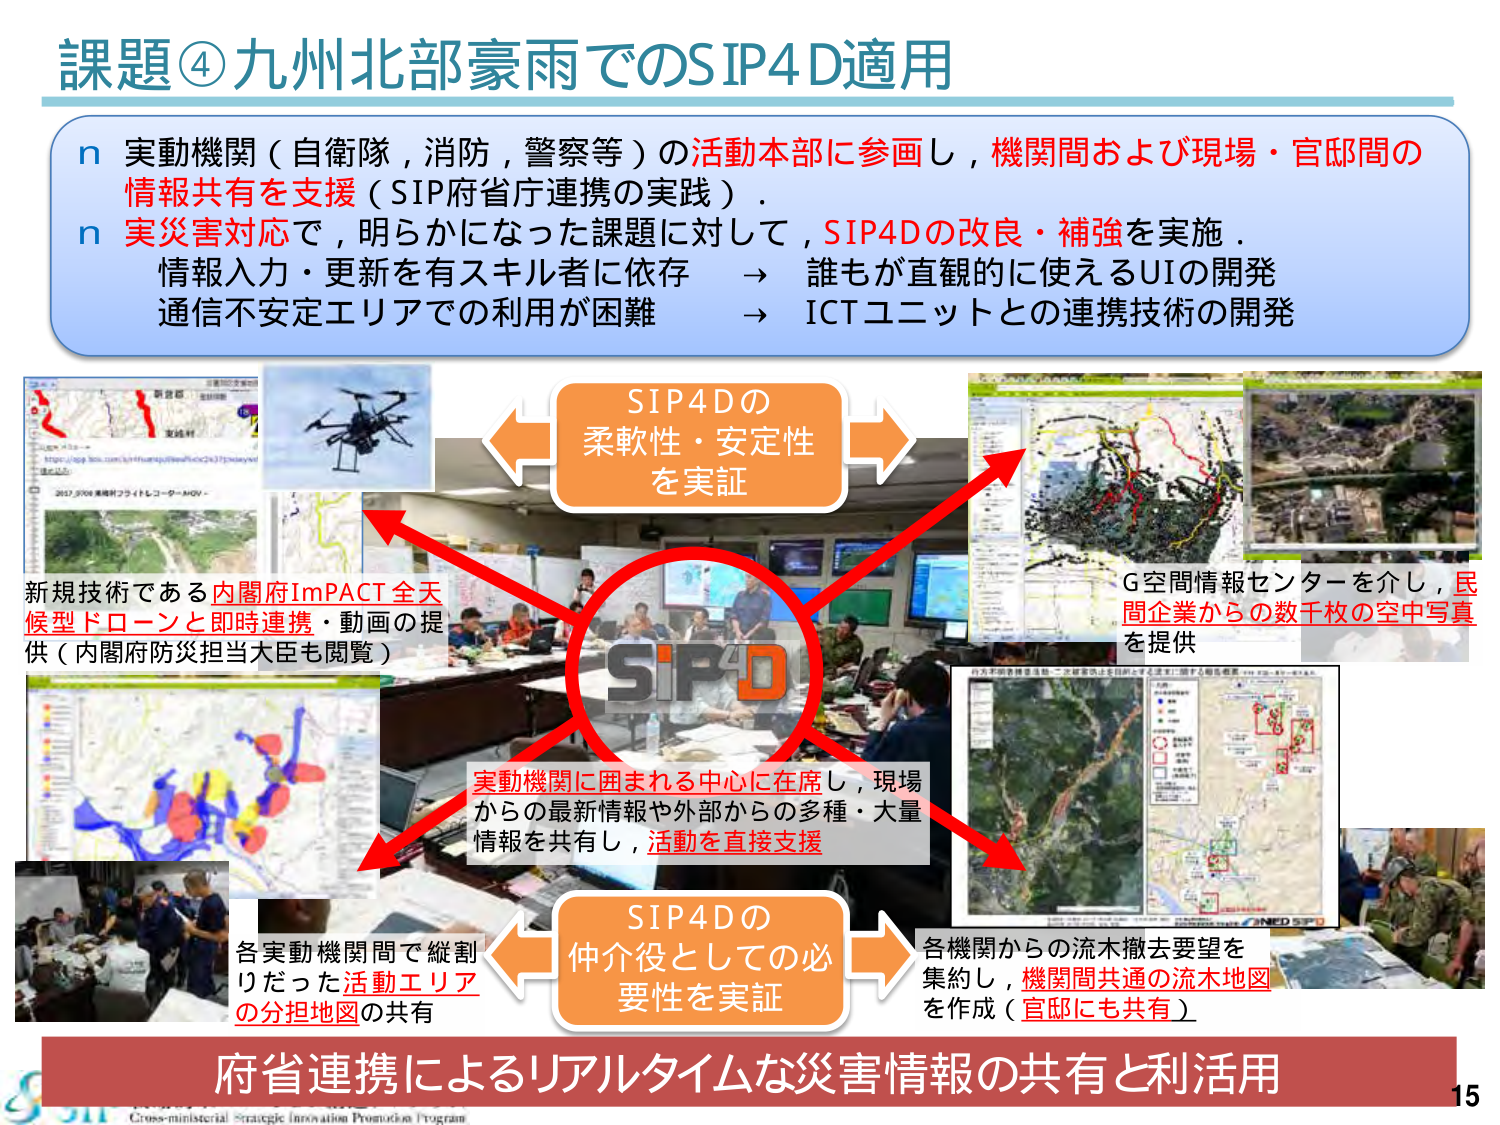
課題④九州北部豪雨でのSIP4D適用

n 実動機関（自衛隊，消防，警察等）の活動本部に参画し，機関間および現場・官邸間の
情報共有を支援（SIP府省庁連携の実践）．
n 実災害対応で，明らかになった課題に対して，SIP4Dの改良・補強を実施．
情報入力・更新を有スキル者に依存 → 誰もが直観的に使えるUIの開発
通信不安定エリアでの利用が困難 → ICTユニットとの連携技術の開発

SIP4Dの
柔軟性・安定性
を実証

新規技術である内閣府ImPACT全天
候型ドローンと即時連携・動画の提
供（内閣府防災担当大臣も閲覧）

G空間情報センターを介し，民
間企業からの数千枚の空中写真
を提供

実動機関に囲まれる中心に在席し，現場
からの最新情報や外部からの多種・大量
情報を共有し，活動を直接支援

SIP4Dの
仲介役としての必
要性を実証

各実動機関間で縦割
りだった活動エリア
の分担地図の共有

各機関からの流木撤去要望を
集約し，機関間共通の流木地図
を作成（官邸にも共有）

府省連携によるリアルタイムな災害情報の共有と利活用

15

Cross-ministerial Strategic Innovation Promotion Program